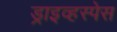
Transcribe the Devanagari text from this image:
ड्राइव्हस्पेस